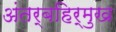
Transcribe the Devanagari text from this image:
अंतर्बहिर्मुख